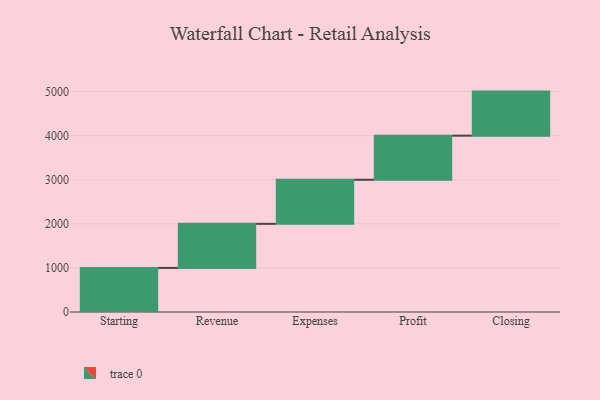
{"axis": {"x": "Step", "y": "Value"}, "legend": [""], "data": [{"x": "Starting", "y": 1000, "type": ""}, {"x": "Revenue", "y": 1000, "type": ""}, {"x": "Expenses", "y": 1000, "type": ""}, {"x": "Profit", "y": 1000, "type": ""}, {"x": "Closing", "y": 1000, "type": ""}]}